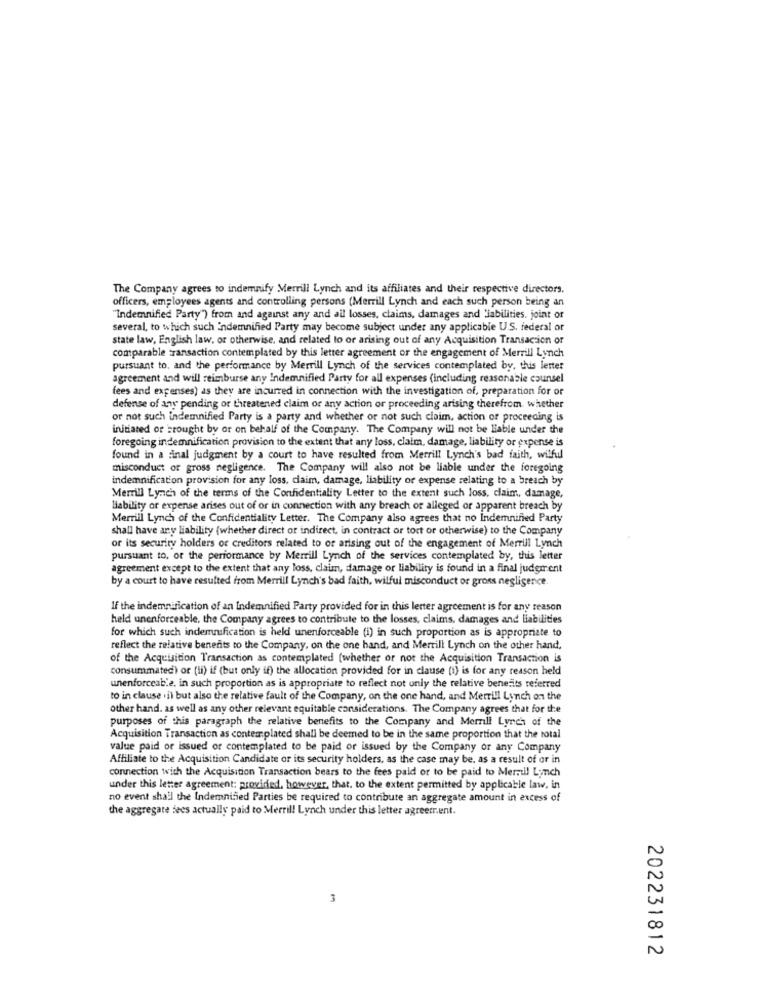
The Company agrees to indemnify Merrill Lynch and its affiliates and their respective directors.
officers, employees agents and controlling persons (Merrill Lynch and each such person being an
"Indemnified Party") from and against any and all losses, claims, damages and Liabilities, joint or
several, to which such indemnified Party may become subject under any applicable U.S. federal or
state law, English law, or otherwise, and related to or arising out of any Acquisition Transaction or
comparable zansaction contemplated by this letter agreement or the engagement of Merrill Lynch
pursuant to, and the performance by Merrill Lynch of the services contemplated by, this letter
agreement and will reimburse any Indemnified Party for all expenses (including reasonable counsel
fees and expenses) as they are incurred in connection with the investigation of, preparation for or
defense of any pending or threatened claim or any action or proceeding arising therefrom whether
or not such indemnified Party is a party and whether or not such claim, action or proceeding is
initiated or brought by or on behalf of the Company. The Company will not be liable under the
foregoing indemnification provision to the extent that any loss, claim, damage, liability or expense is
found in a final judgment by a court to have resulted from Merrill Lynch's bad faith, wilful
misconduct of gross negligence. The Company will also not be liable under the foregoing
indemnification provision for any loss, claim, damage, liability or expense relating to a breach by
Merrill Lynch of the terms of the Confidentiality Letter to the extent such loss, claim, damage,
liability or expense arises out of or in connection with any breach of alleged or apparent breach by
Merrill Lynch of the Confidentiality Letter. The Company also agrees that no Indemnified Party
shall have any liability (whether direct or indirect, in contract or tort or otherwise) to the Company
or its security holders of creditors related to or arising out of the engagement of Merrill Lynch
pursuant to, or the performance by Merrill Lynch of the services contemplated by, this letter
agreement except to the extent that any loss, claim, damage or liability is found in a final judgment
by a court to have resulted from Merrill Lynch's bad faith, wilful misconduct or gross negligence.
If the indemnification of an Indemnified Party provided for in this letter agreement is for any reason
held unenforceable, the Company agrees to contribute to the losses, claims, damages and liabilities
for which such indemnification is held unenforceable (i) in such proportion as is appropriate to
reflect the relative benents to the Company, on the one hand, and Merrill Lynch on the other hand.
of the Acquisition Transaction as contemplated (whether or not the Acquisition Transaction is
consummated) or (li) if (but only if) the allocation provided for in clause (i) is for any reason held
unenforceable. in such proportion as is appropriate to reflect not only the relative benefits referred
to in clause .il but also the relative fault of the Company, on the one hand, and Merrill Lynch on the
other hand. as well as any other relevant equitable considerations. The Company agrees that for the
purposes of this paragraph the relative benefits to the Company and Merrill Lynch of the
Acquisition Transaction as contemplated shall be deemed to be in the same proportion that the total
value paid or issued or contemplated to be paid or issued by the Company or any Company
Affiliate to the Acquisition Candidate or its security holders, as the case may be, as a result of or in
connection with the Acquisition Transaction bears to the fees paid or to be paid to Merril Lynch
under this letter agreement: provided, however, that. to the extent permitted by applicable law, in
no event shall the Indemnified Parties be required to contribute an aggregate amount in excess of
the aggregate fees actually paid to Merrill Lynch under this letter agreement.
3
202231812